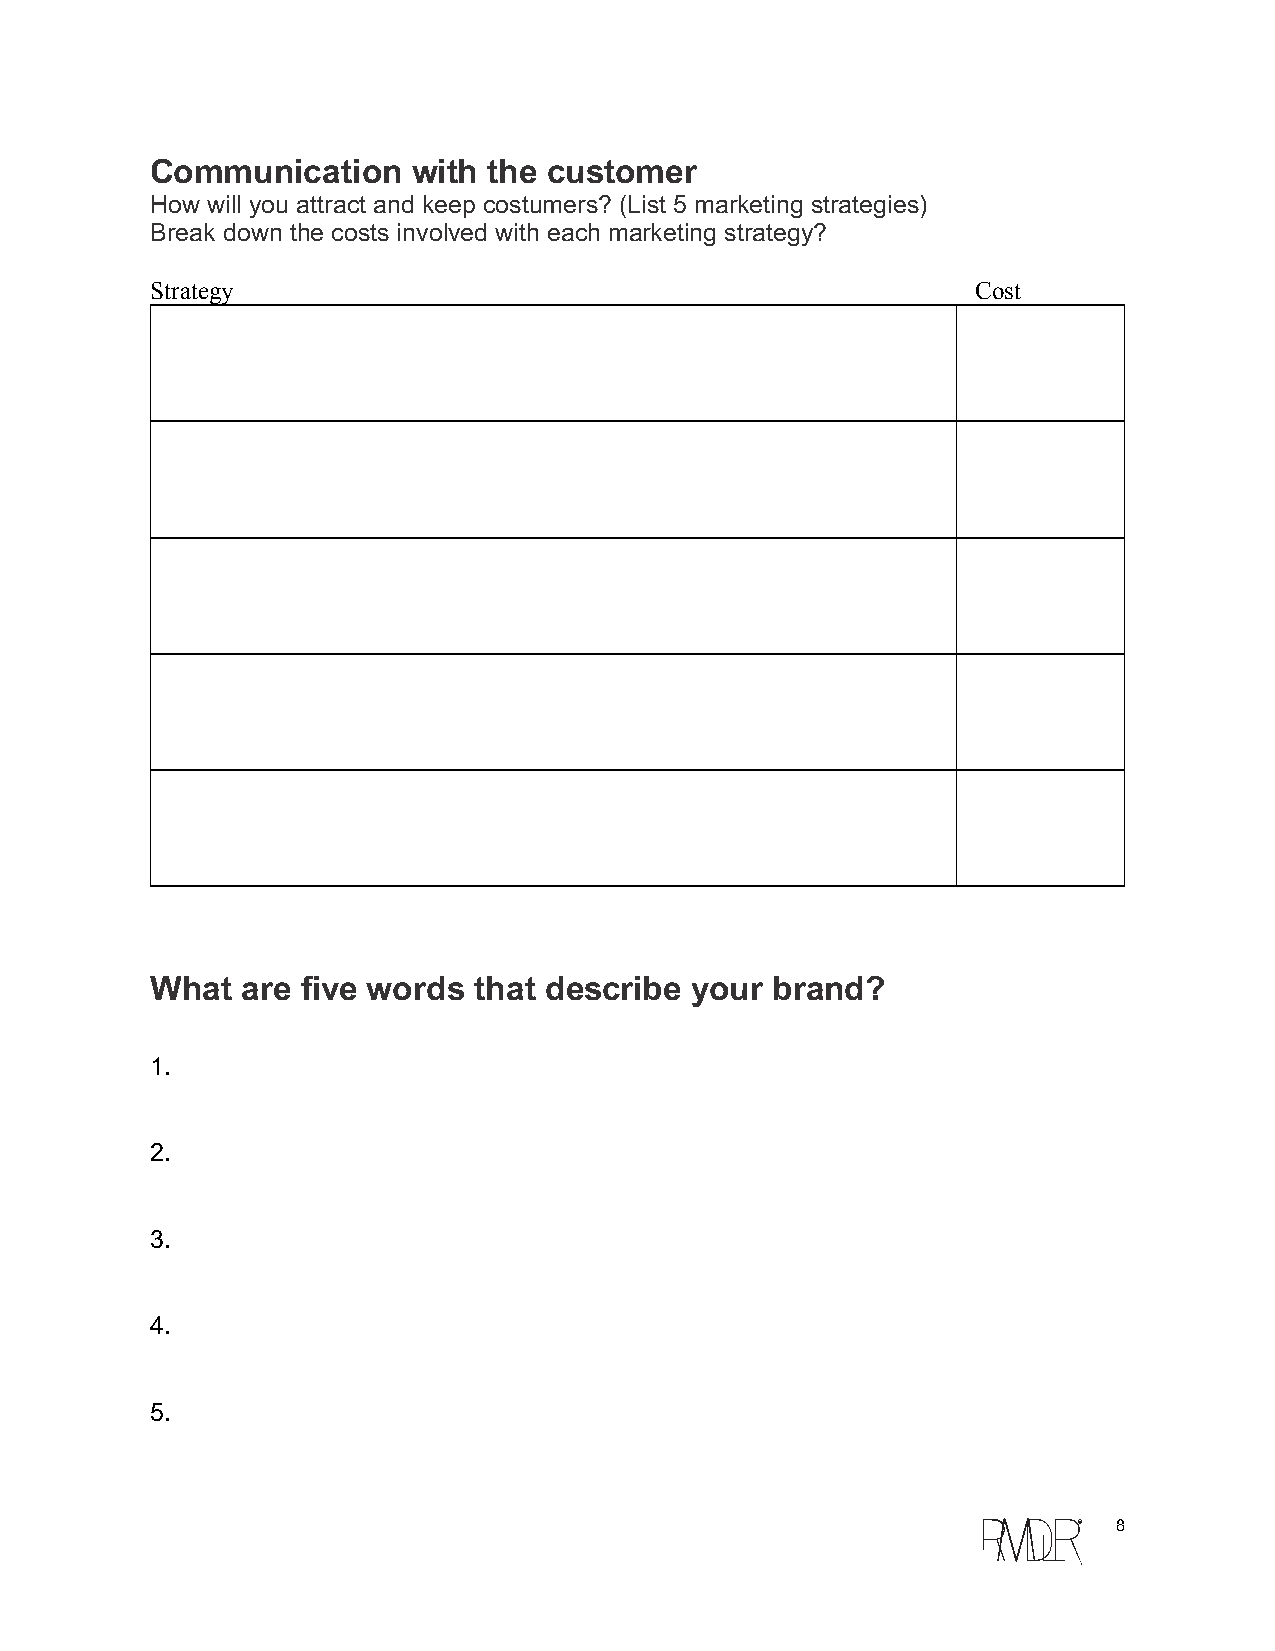
Communication    with the customer
 How will you attract and keep costumers? (List 5 marketing strategies)
 Break down the costs involved with each marketing strategy?
 Strategy                                               Cost
 What  are five words that describe  your brand?
 1.
 2.
 3.
 4.
 5.
 c  8